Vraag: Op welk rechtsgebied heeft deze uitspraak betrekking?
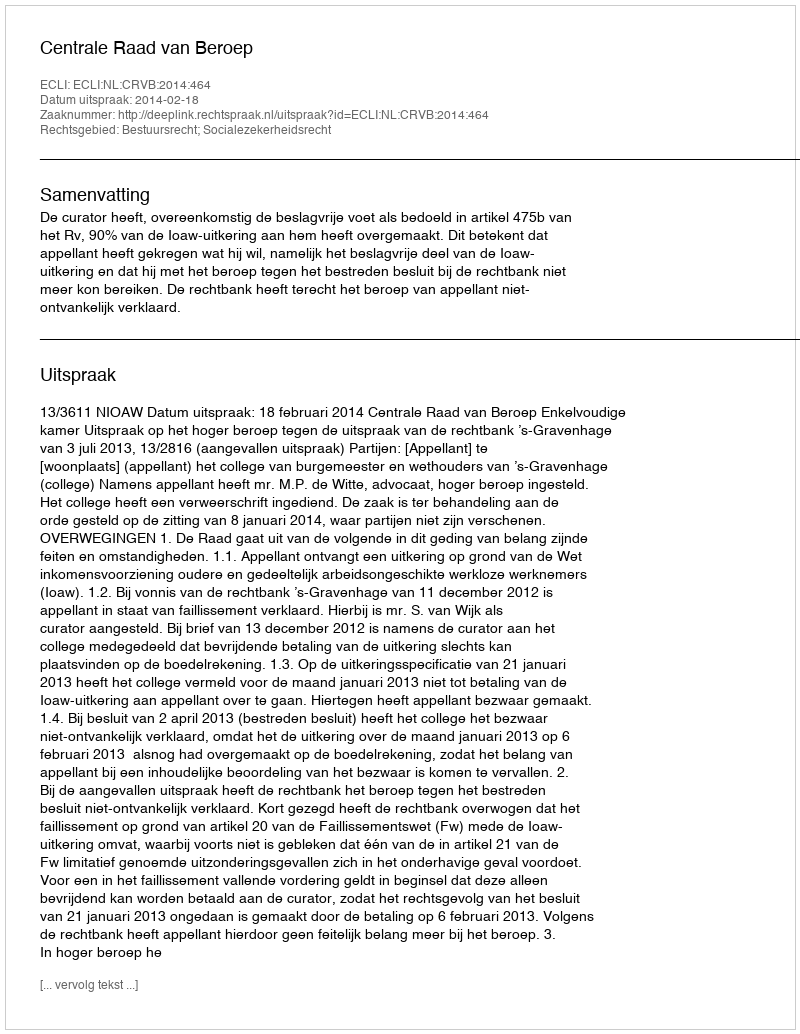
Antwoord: Bestuursrecht; Socialezekerheidsrecht